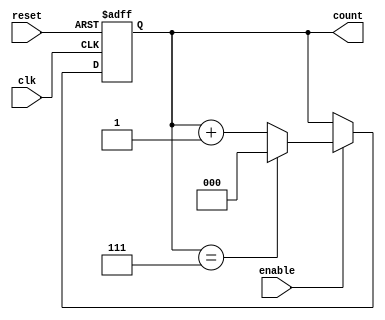
module ModulusCounter #(
    parameter MODULUS = 8  // Default modulus value (can be set to desired maximum)
) (
    input wire clk,        // Clock input
    input wire reset,      // Reset input (active high)
    input wire enable,     // Enable input (active high)
    output reg [$clog2(MODULUS)-1:0] count // Count output
);

    // Always block triggered on the rising edge of the clock
    always @(posedge clk or posedge reset) begin
        if (reset) begin
            // Asynchronous reset: set count to zero
            count <= 0;
        end else if (enable) begin
            // Increment count if enabled
            if (count == MODULUS - 1) begin
                count <= 0; // Reset to zero if modulus is reached
            end else begin
                count <= count + 1; // Increment count
            end
        end
    end

endmodule